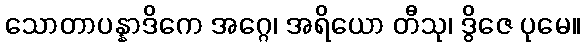
သောတာပန္နာဒိကေ အဂ္ဂေ၊ အရိယော တီသု၊ ဒွိဇေ ပုမေ။